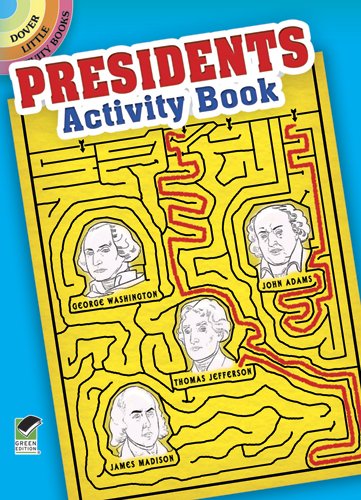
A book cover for Presidents Activity Book (Dover Little Activity Books); Tony J. Tallarico Jr.; Children's Books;